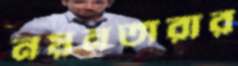
নয়নতারার